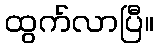
ထွက်လာပြီ။